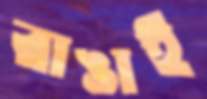
রাঙাই